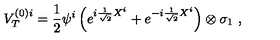
V _ { T } ^ { ( 0 ) i } = \frac { 1 } { 2 } \psi ^ { i } \left( e ^ { i \frac { 1 } { \sqrt { 2 } } X ^ { i } } + e ^ { - i \frac { 1 } { \sqrt { 2 } } X ^ { i } } \right) \otimes \sigma _ { 1 } \ ,